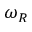
\omega _ { R }